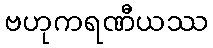
ဗဟုကရဏီယဿ